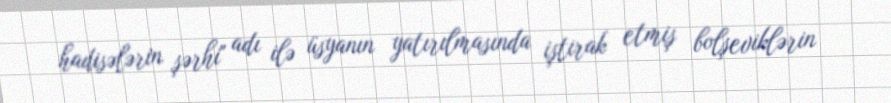
hadisələrin şərhi" adı ilə üsyanın yatırılmasında iştirak etmiş bolşeviklərin